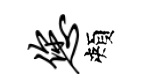
您頰